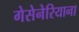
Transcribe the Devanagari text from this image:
गेसेनेरियाना